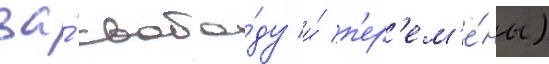
за́ свобо́ду и́ п'ер'ем'е́ны)